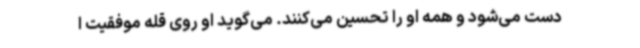
دست می‌شود و همه او را تحسین می‌کنند. می‌گوید او روی قله موفقیت ا